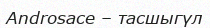
Androsace – тасшыгүл